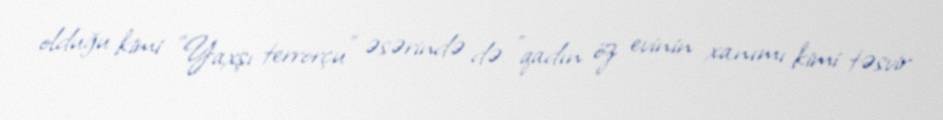
olduğu kimi "Yaxşı terrorçu" əsərində də "qadın öz evinin xanımı kimi təsvir